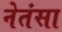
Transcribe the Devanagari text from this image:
नेतंसा